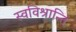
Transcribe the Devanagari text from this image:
स्वविश्रान्तिं